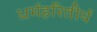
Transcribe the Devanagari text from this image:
धर्महरितीर्थ